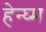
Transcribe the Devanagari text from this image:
हेन्घ्म